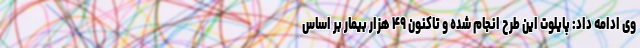
وی ادامه داد: پایلوت این طرح انجام شده و تاکنون ۴۹ هزار بیمار بر اساس